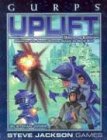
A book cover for GURPS Uplift; Stefan Jones; Science Fiction & Fantasy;